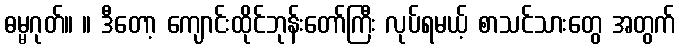
ဓမ္မဂုတ်။ ။ ဒီတော့ ကျောင်းထိုင်ဘုန်းတော်ကြီး လုပ်ရမယ့် စာသင်သားတွေ အတွက်